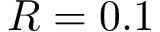
R = 0 . 1